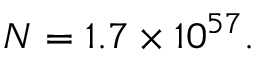
N = 1 . 7 \times 1 0 ^ { 5 7 } .